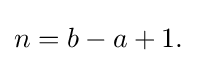
{\textstyle n=b-a+1.}